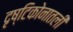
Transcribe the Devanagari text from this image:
दृष्टिकोनातली